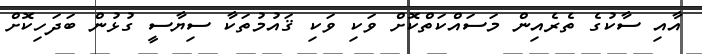
އާއި ސާކުގެ ތެރެއިން މަސައްކަތްކޮށް ވަކި ވަކި ޤައުމުތަކާ ސިޔާސީ ގުޅުން ބަދަހިކޮށް